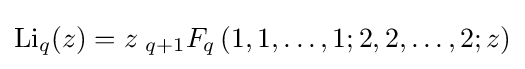
\operatorname {Li} _{q}(z)=z\;{}_{q+1}F_{q}\left(1,1,\ldots ,1;2,2,\ldots ,2;z\right)